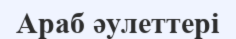
Араб әулеттері